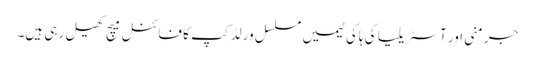
جرمنی اور آسٹریلیا کی ہاکی ٹیمیں مسلسل ورلڈ کپ کا فائنل میچ کھیل رہی ہیں۔